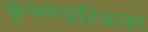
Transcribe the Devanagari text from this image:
कृष्णचरित्रावर